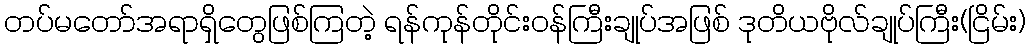
တပ်မတော်အရာရှိတွေဖြစ်ကြတဲ့ ရန်ကုန်တိုင်းဝန်ကြီးချုပ်အဖြစ် ဒုတိယဗိုလ်ချုပ်ကြီး(ငြိမ်း)